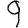
Digit: 9